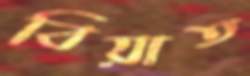
বিয়াত